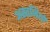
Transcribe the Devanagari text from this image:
अस्तनियों